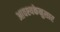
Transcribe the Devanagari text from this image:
आवश्यकेनुसार